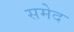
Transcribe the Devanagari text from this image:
समेद